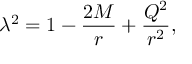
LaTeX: \lambda ^ { 2 } = 1 - \frac { 2 M } { r } + \frac { Q ^ { 2 } } { r ^ { 2 } } ,